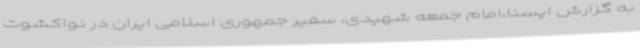
به گزارش ایسنا،امام جمعه شهیدی، سفیر جمهوری اسلامی ایران در نواکشوت